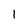
Character: 1